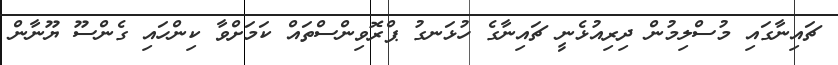
ޗައިނާގައި މުސްލިމުން ދިރިއުޅެނީ ޗައިނާގެ ހުޅަނގު ޕްރޮވިންސްތައް ކަމަށްވާ ކިންހައި ގެންސޫ ޔޫނާން